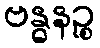
ဗန္ဓနဉ္စ